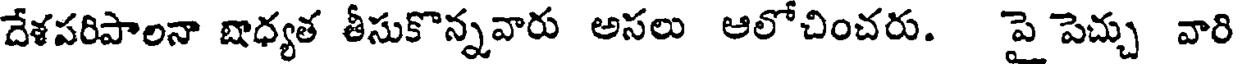
దేశపరిపాలనా బాధ్యత తీసుకొన్నవారు అసలు ఆలోచించరు. పై పెచ్చు వారి